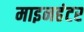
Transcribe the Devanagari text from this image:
माइनहंटर